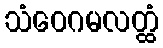
သံဝေဂမလတ္ထံ